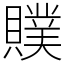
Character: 贌